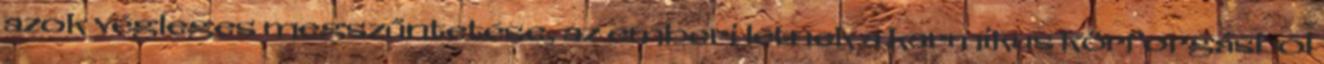
azok végleges megszűntetése, az emberi létnek a karmikus körforgásból